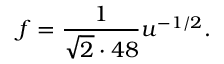
f = { \frac { 1 } { \sqrt 2 \cdot 4 8 } } u ^ { - 1 / 2 } .